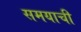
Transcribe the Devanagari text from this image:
समयाची